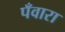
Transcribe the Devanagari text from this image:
पँवारा